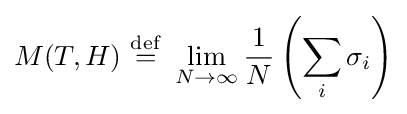
M(T,H)\ {\stackrel {\mathrm {def} }{=}}\ \lim _{N\rightarrow \infty }{\frac {1}{N}}\left(\sum _{i}\sigma _{i}\right)